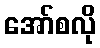
အော်စလို